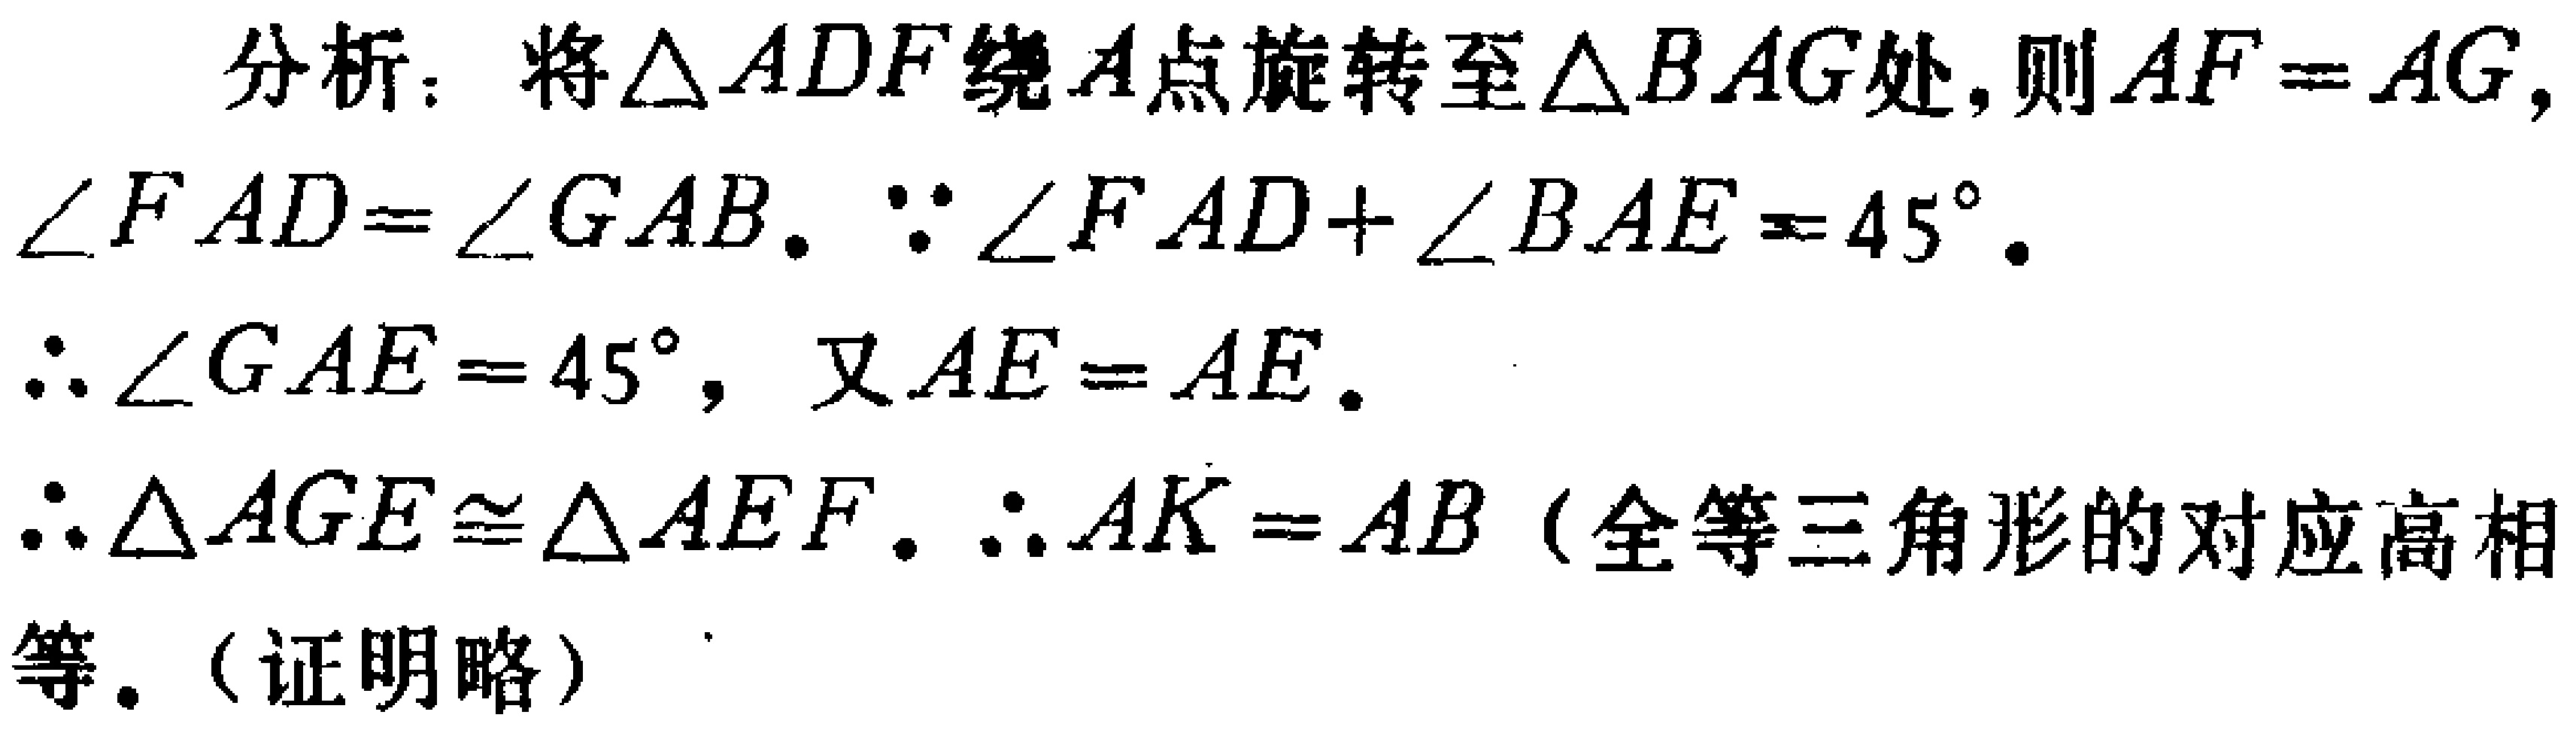
分析：将\(\triangle ADF\)绕\(A\)点旋转至\(\triangle BAG\)处，则\(AF = AG\)，\(\angle FAD=\angle GAB\)。\(\because\angle FAD + \angle BAE = 45^{\circ}\)。
\(\therefore\angle GAE = 45^{\circ}\)，又\(AE = AE\)。
\(\therefore\triangle AGE\cong\triangle AEF\)。\(\therefore AK = AB\)（全等三角形的对应高相等。（证明略））